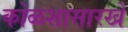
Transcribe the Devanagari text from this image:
कोळशासारखे